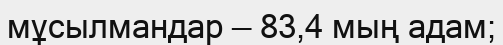
мұсылмандар — 83,4 мың адам;